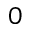
0